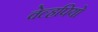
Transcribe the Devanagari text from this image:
वेल्हपियो